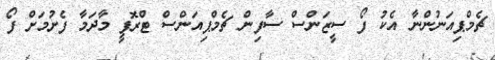
ޗެމްޕިއަނުންނާ އެކު ފޯ ސީޒަންސް ސާފިން ޗެމްޕިއަންސް ޓްރޮފީ މާދަމާ ފެށުމަށް ފޯ